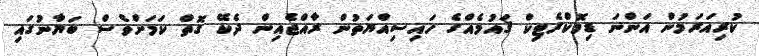
ކުރިއަރަމުން އަންނަ ޑިމޮކްރެޓިކް ޤައުމެއްގެ ހައިސިއްޔަތުން ރާއްޖެއިން ދެކޭ ގޮތް ކަމަށްވެސް ބަޔާނުގައި